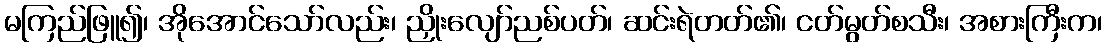
မကြည်ဖြူ၍၊ အိုအောင်သော်လည်း၊ ညှိုးလျော်ညစ်ပတ်၊ ဆင်းရဲတတ်၏၊ ငတ်မွတ်စသီး၊ အစားကြီးက၊